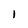
Character: 1